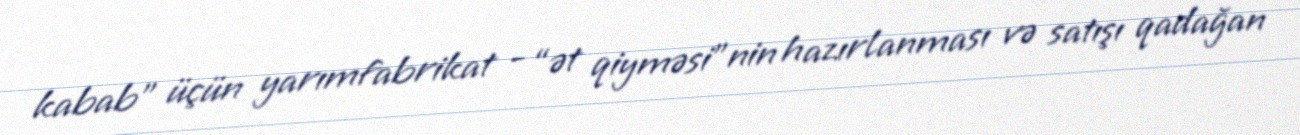
kabab” üçün yarımfabrikat - “ət qiyməsi”nin hazırlanması və satışı qadağan